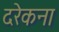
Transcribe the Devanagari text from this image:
दरेकना